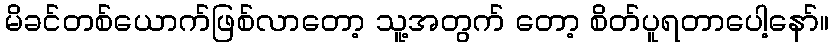
မိခင်တစ်ယောက်ဖြစ်လာတော့ သူ့အတွက် တော့ စိတ်ပူရတာပေါ့နော်။